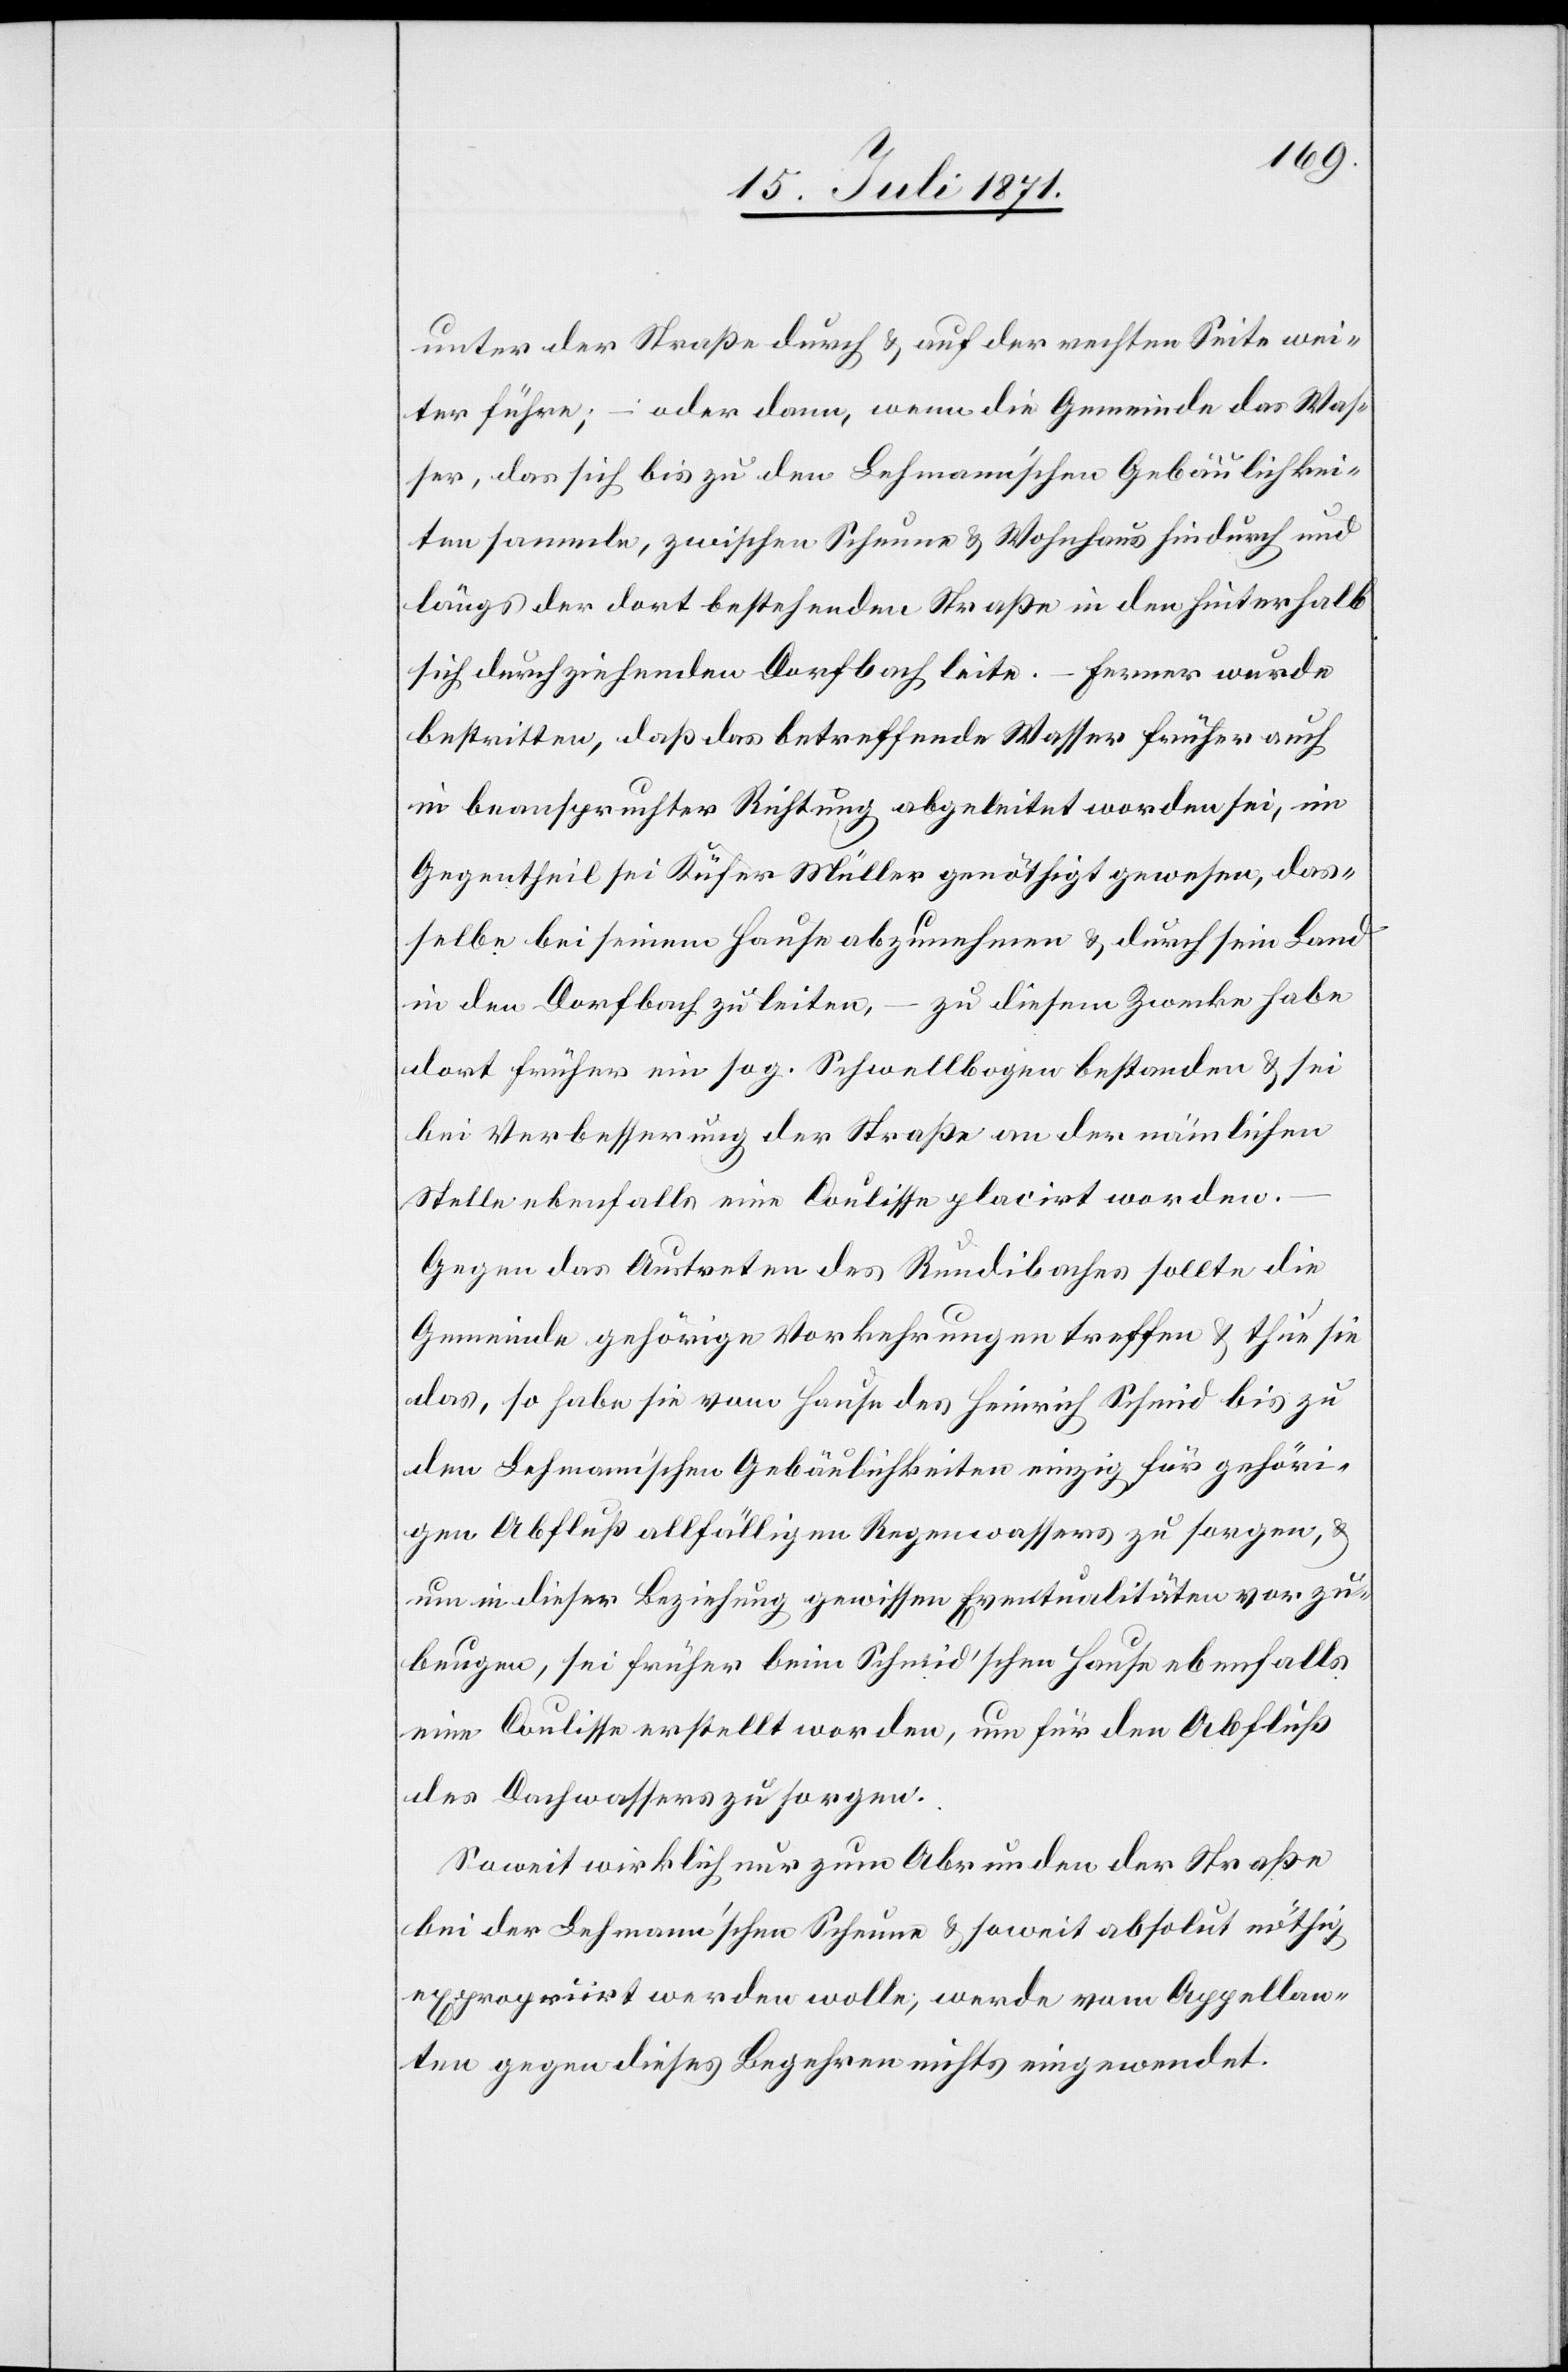
unter der Straße durch u. auf der rechten Seite wei¬
ter führe; – oder dann, wenn die Gemeinde das Was¬
ser, das sich bis zu den Lehmann’schen [sic!] Gebäulichkei¬
ten sammle, zwischen Scheune u. Wohnhaus hindurch und
längs der dort bestehenden Straße in den hinterhalb
sich durchziehenden Dorfbach leite. – Ferner wurde
bestritten, daß das betreffende Wasser früher auch
in beanspruchter Richtung abgeleitet worden sei, im
Gegentheil sei Küfer Müller genöthigt gewesen, das¬
selbe bei seinem Hause abzunehmen u. durch sein Land
in den Dorfbach zu leiten, – zu diesem Zwecke habe
dort früher ein sog. Schwellbogen bestanden u. sei
bei Verbesserung der Straße an der nämlichen
Stelle ebenfalls eine Coulisse placirt worden.
Gegen das Austreten des Rundibaches sollte die
Gemeinde gehörige Vorkehrungen treffen u. thun sie
das, so habe sie vom Hause des Heinrich Schmid bis zu
den Lehmann’schen Gebäulichkeiten einzig für gehöri¬
gen Abfluß allfälligen Regenwassers zu sorgen, u.
um in dieser Beziehung gewissen Eventualitäten vorzu¬
beugen, sei früher beim Schmid’schen Hause ebenfalls
eine Coulisse erstellt worden, um für den Abfluß
des Dorfwassers zu sorgen.
Soweit wirklich nur zum Abrunden der Straße
bei der Lehmann’schen Scheuen u. soweit absolut nöthig
expropriirt werden wolle, werde vom Appellan¬
ten gegen dieses Begehren nichts eingewendet.